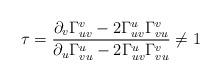
LaTeX: \begin{align*} \tau=\frac{\partial_v\Gamma_{uv}^v-2\Gamma_{uv}^u\Gamma_{vu}^v}{\partial_u\Gamma_{vu}^u-2\Gamma_{uv}^u\Gamma_{vu}^v}\neq 1 \end{align*}